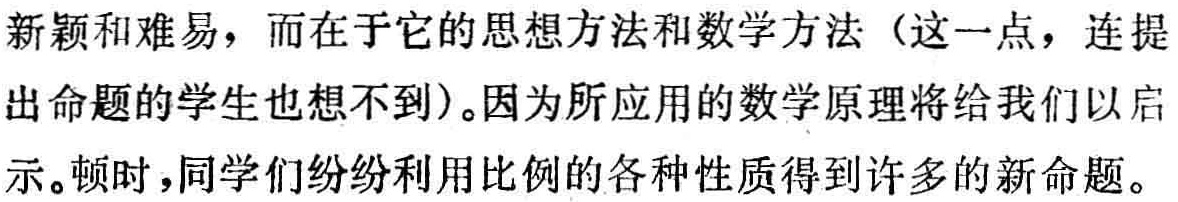
新颖和难易，而在于它的思想方法和数学方法（这一点，连提出命题的学生也想不到）。因为所应用的数学原理将给我们以启示。顿时，同学们纷纷利用比例的各种性质得到许多的新命题。